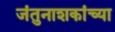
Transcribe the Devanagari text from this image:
जंतुनाशकांच्या